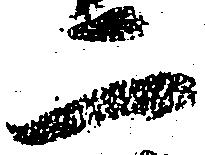
二